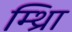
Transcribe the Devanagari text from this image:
म्थ्राि